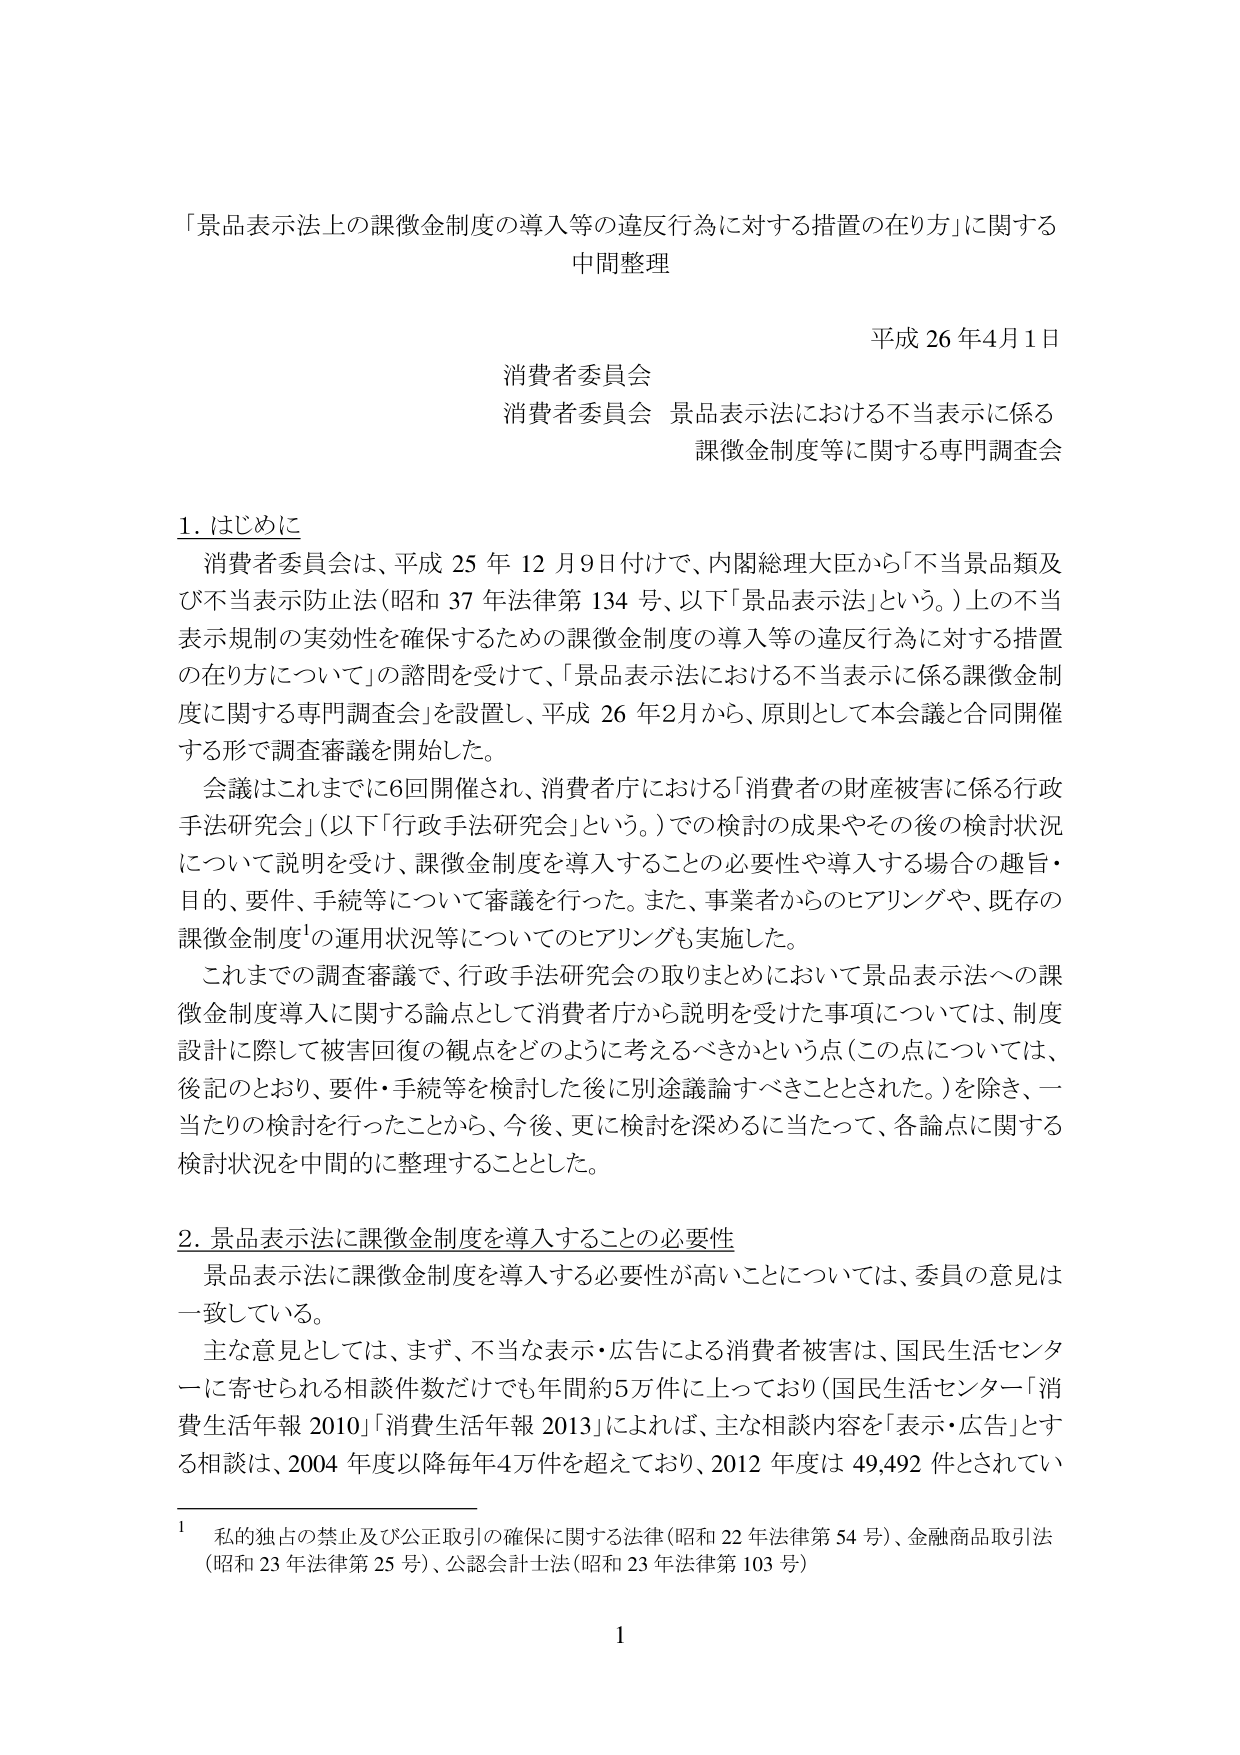
「景品表示法上の課徴金制度の導入等の違反行為に対する措置の在り方」に関する
中間整理

平成 26 年4月1日
消費者委員会
消費者委員会 景品表示法における不当表示に係る
課徴金制度等に関する専門調査会

1. はじめに
消費者委員会は、平成 25 年 12 月9日付けで、内閣総理大臣から「不当景品類及び不当表示防止法（昭和 37 年法律第 134 号、以下「景品表示法」という。）上の不当表示規制の実効性を確保するための課徴金制度の導入等の違反行為に対する措置の在り方について」の諮問を受けて、「景品表示法における不当表示に係る課徴金制度に関する専門調査会」を設置し、平成 26 年2月から、原則として本会議と合同開催する形で調査審議を開始した。
会議はこれまでに6回開催され、消費者庁における「消費者の財産被害に係る行政手法研究会」（以下「行政手法研究会」という。）での検討の成果やその後の検討状況について説明を受け、課徴金制度を導入することの必要性や導入する場合の趣旨・目的、要件、手続等について審議を行った。また、事業者からのヒアリングや、既存の課徴金制度¹の運用状況等についてのヒアリングも実施した。
これまでの調査審議で、行政手法研究会の取りまとめにおいて景品表示法への課徴金制度導入に関する論点として消費者庁から説明を受けた事項については、制度設計に際して被害回復の観点をどのように考えるべきかという点（この点については、後記のとおり、要件・手続等を検討した後に別途議論すべきこととされた。）を除き、一当たりの検討を行ったことから、今後、更に検討を深めるに当たって、各論点に関する検討状況を中間的に整理することとした。

2. 景品表示法に課徴金制度を導入することの必要性
景品表示法に課徴金制度を導入する必要性が高いことについては、委員の意見は一致している。
主な意見としては、まず、不当な表示・広告による消費者被害は、国民生活センターに寄せられる相談件数だけでも年間約5万件に上っており（国民生活センター「消費生活年報 2010」「消費生活年報 2013」によれば、主な相談内容を「表示・広告」とする相談は、2004 年度以降毎年4万件を超えており、2012 年度は 49,492 件とされてい

¹ 私的独占の禁止及び公正取引の確保に関する法律（昭和 22 年法律第 54 号）、金融商品取引法（昭和 23 年法律第 25 号）、公認会計士法（昭和 23 年法律第 103 号）

1